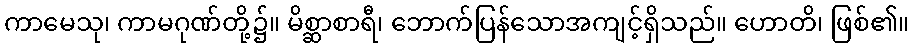
ကာမေသု၊ ကာမဂုဏ်တို့၌။ မိစ္ဆာစာရီ၊ ဘောက်ပြန်သောအကျင့်ရှိသည်။ ဟောတိ၊ ဖြစ်၏။